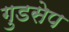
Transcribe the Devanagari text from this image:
गुडसेप